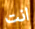
انت